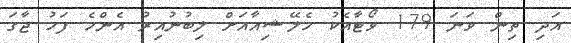
އަދި ތިން ވަނަ 179 ވޯޓާއެކު މެލޭޝިއާއަށް ލިބުނުއިރު އެންމެ ފަހު ޖާގަ